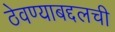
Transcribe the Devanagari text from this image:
ठेवण्याबद्दलची